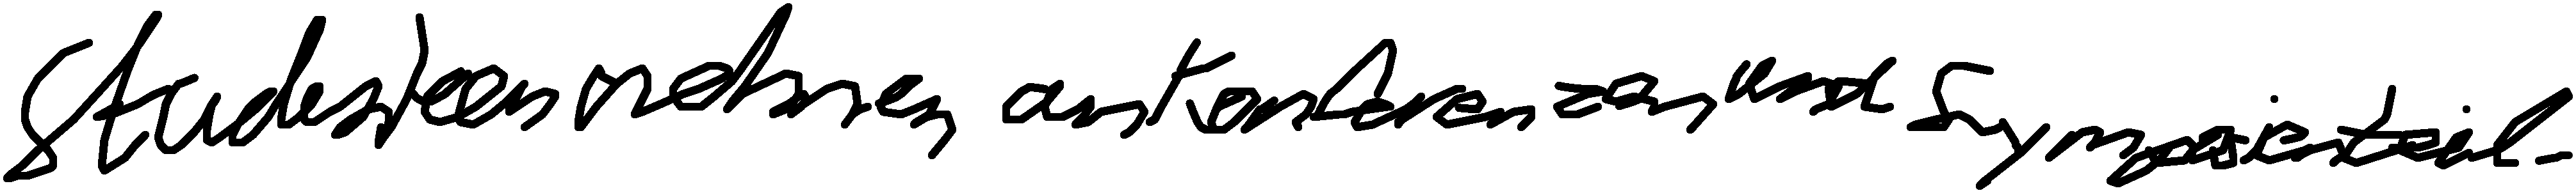
Studenten nehmen an Konferenzen und Symposien teil.